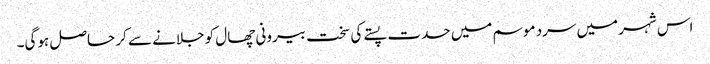
اس شہر میں سرد موسم میں حدت پستے کی سخت بیرونی چھال کو جلانے سے کر حاصل ہوگی۔